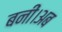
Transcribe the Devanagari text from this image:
बनीं।अब